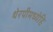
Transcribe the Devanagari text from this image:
थेरपीमध्येहि